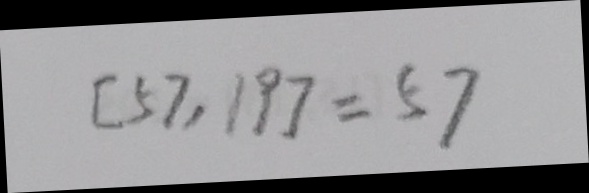
[ 5 7 , 1 9 ] = 5 7